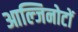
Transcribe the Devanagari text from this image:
आल्जिनोटों